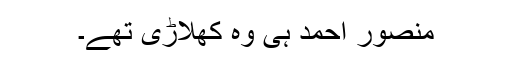
منصور احمد ہی وہ کھلاڑی تھے۔